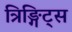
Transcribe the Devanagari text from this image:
त्रिङ्गिट्स